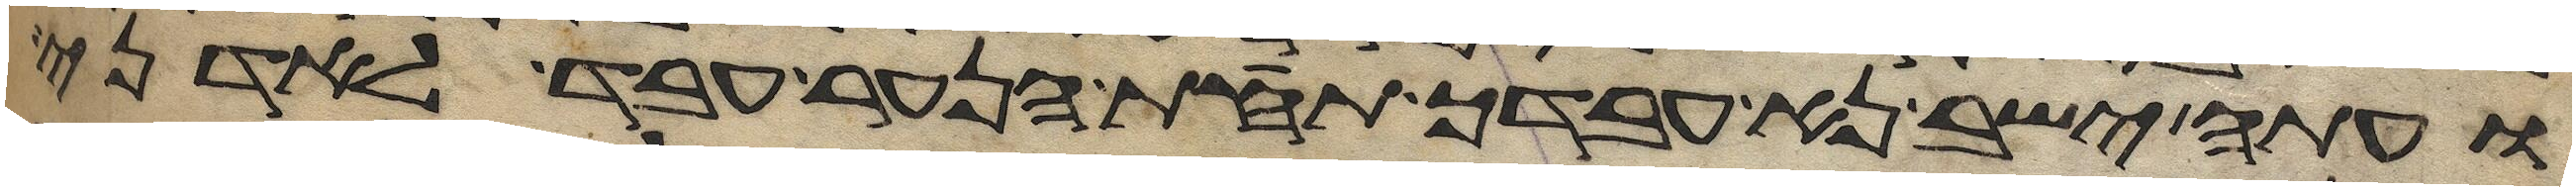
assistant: ועתה ישב נא עבדך תחת הנער עבד לאדני